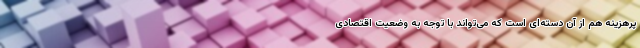
پرهزینه هم از آن دسته‌ای است که می‌تواند با توجه به وضعیت اقتصادی